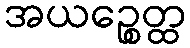
အယဉ္စေတ္ထ